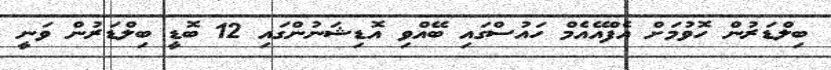
ބިލްޑަރުން ހޮވުމަށް އެފްއޭއެމް ހައުސްގައި ބޭއްވި އޮޑިޝަނުންގައި 12 ބޮޑީ ބިލްޑަރުން ވަނީ